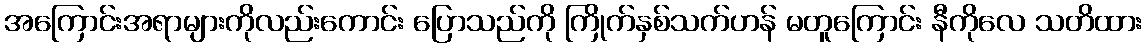
အကြောင်းအရာများကိုလည်းကောင်း ပြောသည်ကို ကြိုက်နှစ်သက်ဟန် မတူကြောင်း နီကိုလေ သတိထား